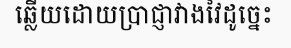
ឆ្លើយដោយប្រាជ្ញាវាងវៃដូច្នេះ